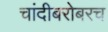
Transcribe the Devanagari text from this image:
चांदीबरोबरच